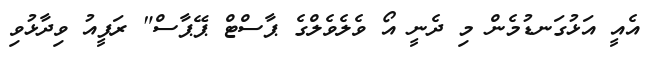
އެއީ އަޅުގަނޑުމެން މި ދެނީ އޯ ވެލެވެލްގެ ޕާސްޓް ޕޭޕާސް" ރަފީއު ވިދާޅުވި